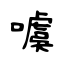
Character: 噳